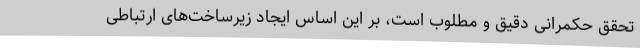
تحقق حکمرانی دقیق و مطلوب است، بر این اساس ایجاد زیرساخت‌های ارتباطی